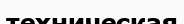
техническая